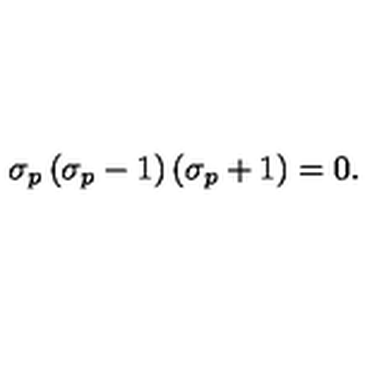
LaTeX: \sigma _ { p } \left( \sigma _ { p } - 1 \right) \left( \sigma _ { p } + 1 \right) = 0 .